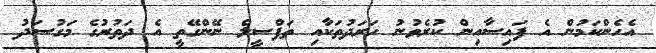
އެހެންކަމުން އެ ފައިސާއިން ކުރެވުނު ހަރަދުތަކާއި ތަފްސީލް ނޭންގޭތީ އެ ދަތުރުގެ މަގުސަދު